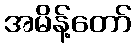
အမိန့်တော်